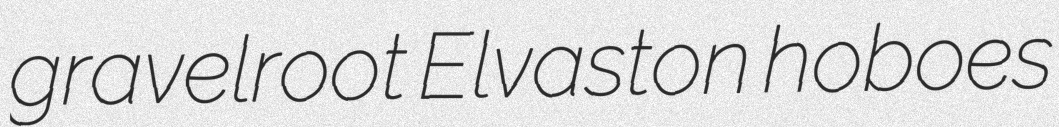
gravelroot Elvaston hoboes